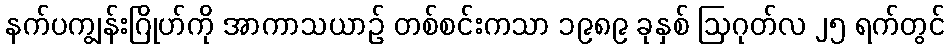
နက်ပကျွန်းဂြိုဟ်ကို အာကာသယာဉ် တစ်စင်းကသာ ၁၉၈၉ ခုနှစ် ဩဂုတ်လ ၂၅ ရက်တွင်